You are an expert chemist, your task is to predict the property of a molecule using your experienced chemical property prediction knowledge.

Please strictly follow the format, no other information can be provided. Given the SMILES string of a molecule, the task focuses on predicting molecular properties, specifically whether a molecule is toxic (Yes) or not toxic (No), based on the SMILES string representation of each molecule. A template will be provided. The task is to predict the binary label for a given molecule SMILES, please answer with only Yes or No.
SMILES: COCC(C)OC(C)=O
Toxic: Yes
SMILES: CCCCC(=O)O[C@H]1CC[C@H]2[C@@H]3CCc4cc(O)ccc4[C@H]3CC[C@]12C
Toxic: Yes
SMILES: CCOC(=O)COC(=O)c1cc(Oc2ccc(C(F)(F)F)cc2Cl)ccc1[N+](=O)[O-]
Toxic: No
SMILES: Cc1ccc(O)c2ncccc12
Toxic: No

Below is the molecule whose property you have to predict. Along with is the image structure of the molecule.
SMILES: O=C(O)/C=C/c1ccc(Cn2ccnc2)cc1
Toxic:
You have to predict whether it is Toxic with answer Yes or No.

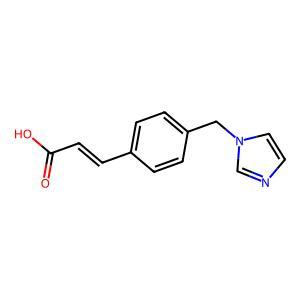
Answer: No